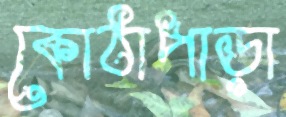
কোঠাপাড়া